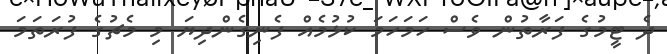
ދެ ޓީމުގެ ފަރާތުން ވެސް ހަމަހަމަ ކުޅުމެއް ފެނިގެންދިޔަ މި މެޗުގެ ފުރަތަމަ